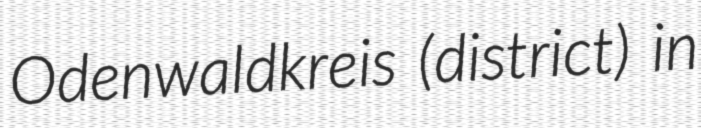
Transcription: Odenwaldkreis (district) in